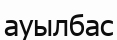
ауылбас